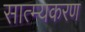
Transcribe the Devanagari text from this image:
सात्म्यकरण